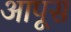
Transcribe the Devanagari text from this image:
आपूस